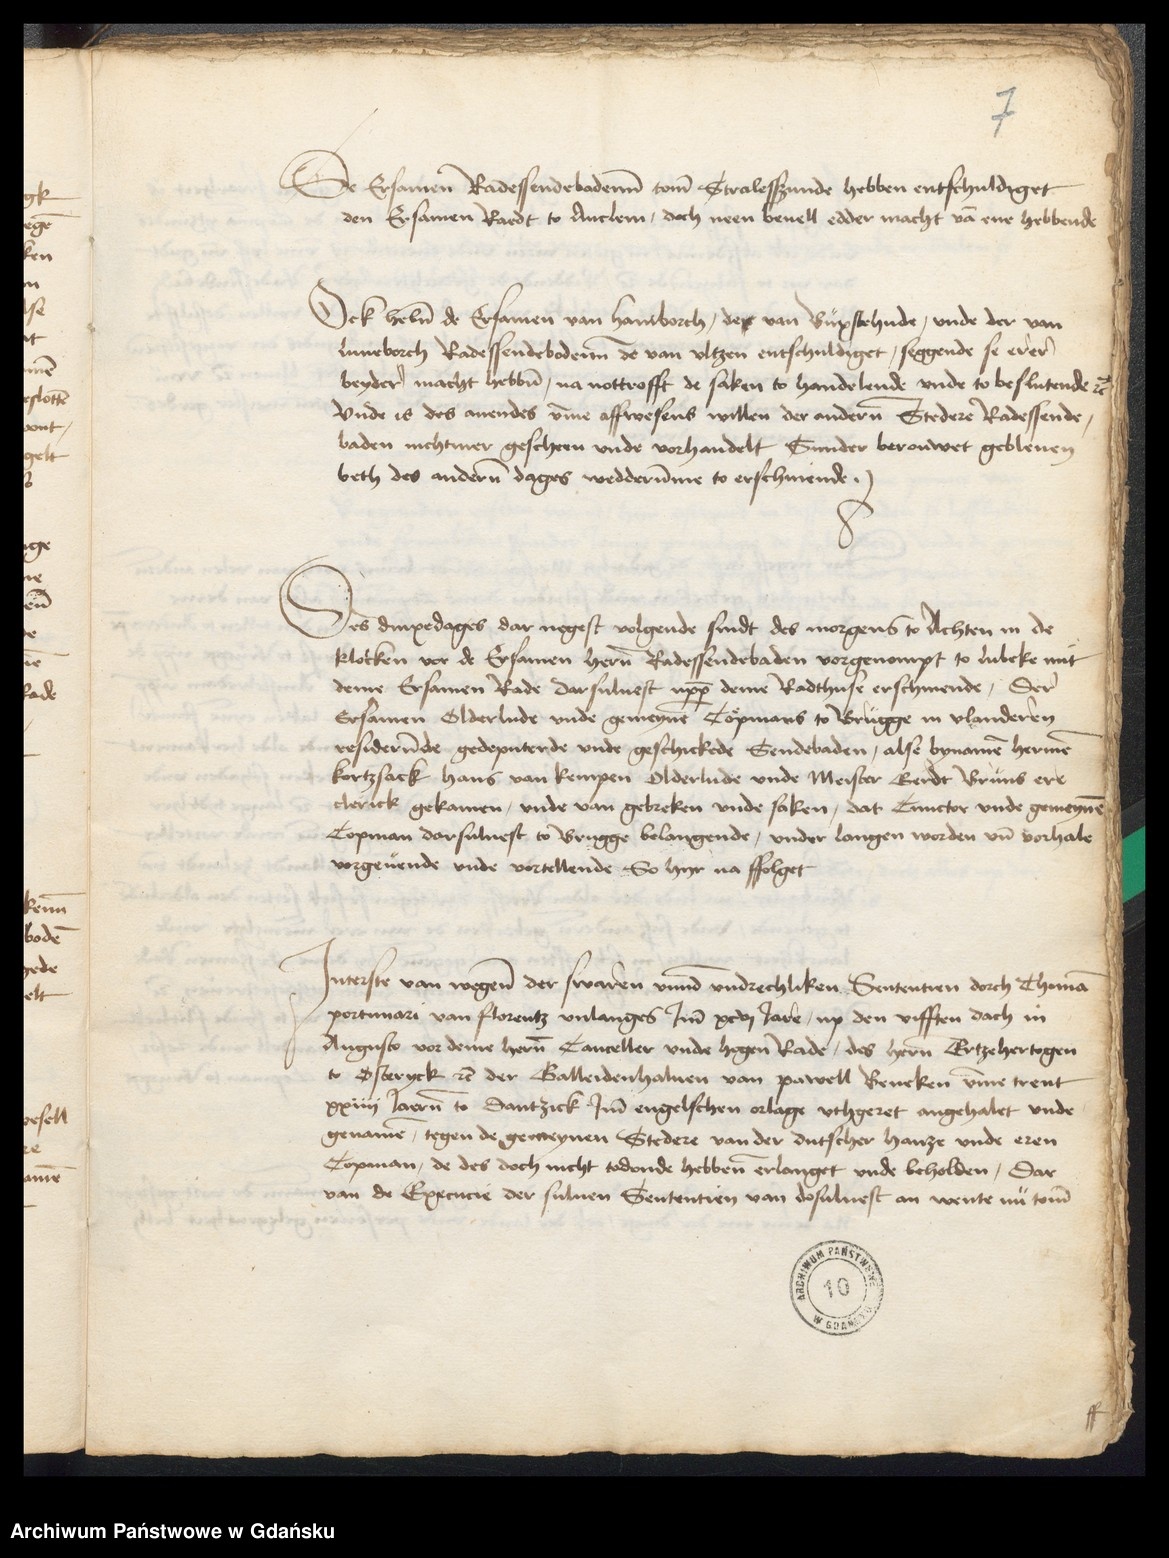
7

De Ersamen Radessendebodenne tome Stralessunde hebben entschuldiget
den Ersamen Radt to Anclem, doch neen beuell edder macht van ene hebbende.

Ock heben de Ersamen van Hamborch, des van Buxstehude, vnde der van
Luneborch Radessendebodenne de van Vltzen entschuldiget, seggende se erer
beydre macht hebben, na nottrofft de saken to handelende vnde to beslutende etcetera
vnde is des auendes vmme affwesens willen der anderen Stedere Radessende¬
baden nichtmer gescheen vnde vorhandelt Sunder berouet gebleuen
beth des anderen dages wedderumme to erschinende.

Des dinxedages dar negest vorgende sindt des morgens to Achten in de
klocken vor de Ersamen heren Radessendebaden vorgenompt to Lubeke mit
deme Ersamen Rade darsuluest vppe deme Radthuse erschinende, Der
Ersamen Olderlude vnde gemeynen Copmans to Brugge in Vlanderen
residerende gedeputerde vnde geschickede Sendebaden, alse bynamen Hermen
Kortzsack Hans van Kempen Olderlude vnde Meister Gerde Bruns ere
clerick gekamen, vnde van gebreken vnde saken, dat Cunctor vnde gemeynen
Copman darsuluest to Brugge belangende, vnder langen worden vnd vorhale
vorgeuende vnde vortellende So hyr na ffolget.

Jnterste van wegene der swaewn vnnde vndrechliken Sententien dorch Thomam
Portunari van Florentz vnlanges Jmme xcvj Jaren, up den vifften dach in
Augusto vor deme heren Canceller vnde hogen Rade, des heren Ertzehertogen
to Osteryck etcetera der Galleidenhaluen van Pawel Beneken vmme trent
xxiiij Jaeren to Dantzick Jmme engelschen orlage vthgeret angehalet vnde
genamen, tegen de gemeynen Stedere van der dutscher hanze vnde eren
Copman, de des doch nicht todende hebben erlanget vnde beholden, Dar
van de Execucie der suluen Sententien van dosuluest an wente nu tome